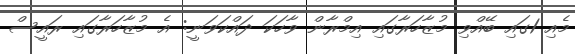
މެއި 1ގައި ބޭއްވި މުޒާހަރާގައި އިމްރާން ވާހަކަ ދައްކަވަނީ: އެ މުޒާހަރާގައި ރައީސް